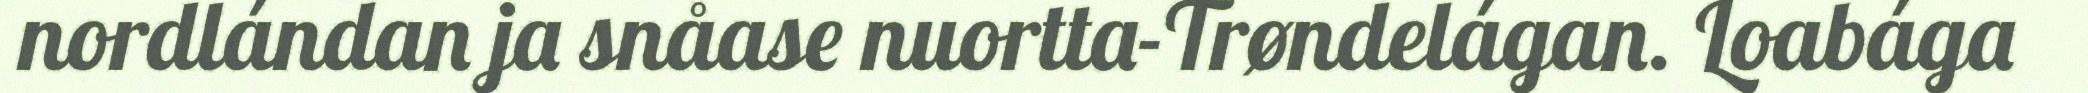
nordlándan ja snåase nuortta-Trøndelágan. Loabága